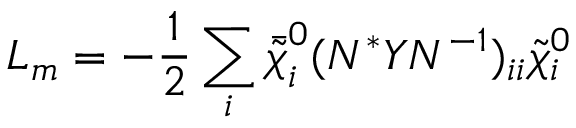
{ \cal L } _ { m } = - \frac { 1 } { 2 } \sum _ { i } \bar { \tilde { \chi } } _ { i } ^ { 0 } ( N ^ { * } Y N ^ { - 1 } ) _ { i i } \tilde { \chi } _ { i } ^ { 0 }